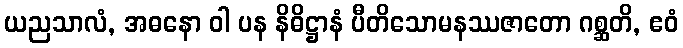
ယညသာလံ, အဓနော ဝါ ပန နိဓိဋ္ဌာနံ ပီတိသောမနဿဇာတော ဂစ္ဆတိ, ဧဝံ